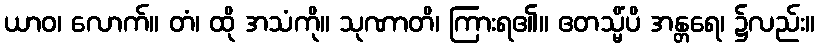
ယာဝ၊ လောက်။ တံ၊ ထို အသံကို။ သုဏာတိ၊ ကြားရ၏။ ဧတသ္မိံပိ အန္တရေ၊ ၌လည်း။